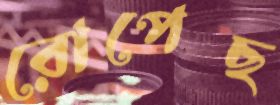
রোপেছ